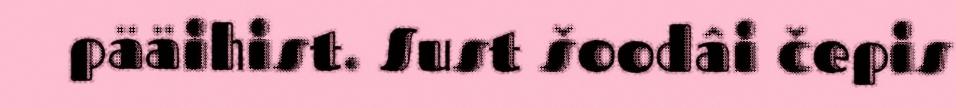
pääihist. Sust šoodâi čepis